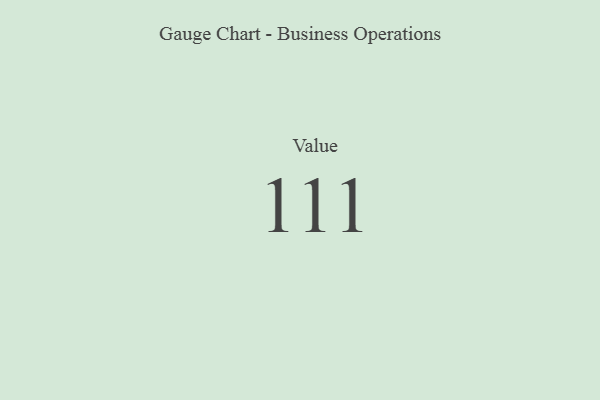
{"axis": {"x": "Metric", "y": "Value"}, "legend": [""], "data": [{"x": "Value", "y": 111, "type": ""}]}